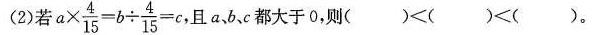
(2)若$$ a \times \frac { 4 } { 1 5 } = b \div \frac { 4 } { 1 5 } = c$$ 且abc都大于0，则$$( ) < ( ) < ( )$$。